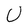
Character: U